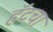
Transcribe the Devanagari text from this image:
हॅटचा